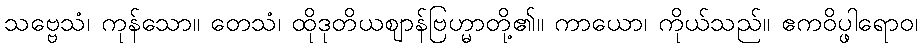
သဗ္ဗေသံ၊ ကုန်သော။ တေသံ၊ ထိုဒုတိယဈာန်ဗြဟ္မာတို့၏။ ကာယော၊ ကိုယ်သည်။ ဧကဝိပ္ဖါရောဝ၊